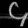
Digit: ၄